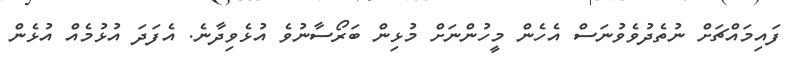
ފައިމައްޗަށް ނުތެދުވެވުނަސް އެހެން މީހުންނަށް މުޅިން ބަރޯސާނުވެ އުޅެވިދާނެ. އެފަދަ އުޅުމެއް އުޅެން